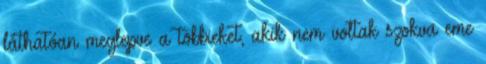
láthatóan meglepve a többieket, akik nem voltak szokva eme